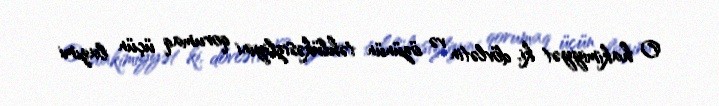
O hakimiyyət ki, dövlətin və özünün təhlükəsizliyini qorumaq üçün lazımi